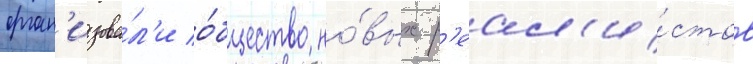
орган'изова́л'и о́бщество но́вых р'еал'и́стов